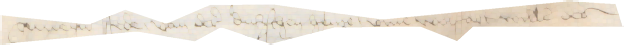
gemeyner stede, van der dudschen henze vmme wolffart willen des